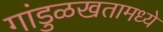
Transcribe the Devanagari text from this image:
गांडुळखतामध्ये